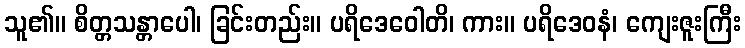
သူ၏။ စိတ္တသန္တာပေါ၊ ခြင်းတည်း။ ပရိဒေဝေါတိ၊ ကား။ ပရိဒေဝနံ၊ ကျေးဇူးကြီး